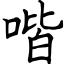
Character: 喈